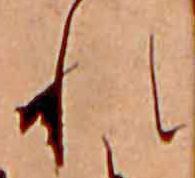
れ